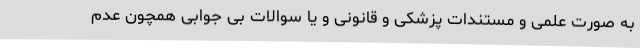
به صورت علمی و مستندات پزشکی و قانونی و یا سوالات بی جوابی همچون عدم